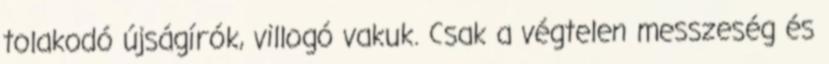
tolakodó újságírók, villogó vakuk. Csak a végtelen messzeség és